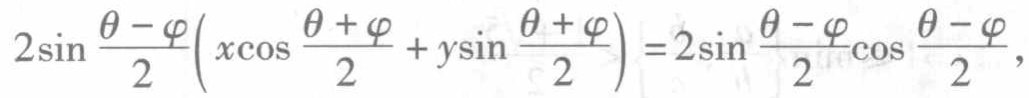
$2\sin \frac{\theta - \varphi}{2}\left(x\cos \frac{\theta + \varphi}{2}+y\sin \frac{\theta + \varphi}{2}\right)=2\sin \frac{\theta - \varphi}{2}\cos \frac{\theta - \varphi}{2},$